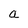
Character: a